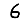
Digit: 6